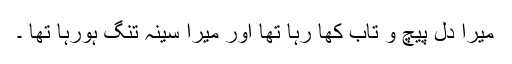
میرا دل پیچ و تاب کھا رہا تھا اور میرا سینہ تنگ ہورہا تھا ۔